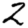
Digit: 2